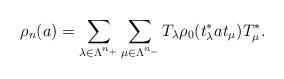
LaTeX: \begin{align*}\rho_n(a)=\sum_{\lambda\in \Lambda^{n_+}}\sum_{\mu \in \Lambda^{n_-}}T_\lambda\rho_0(t_\lambda^* a t_\mu)T_\mu^*.\end{align*}